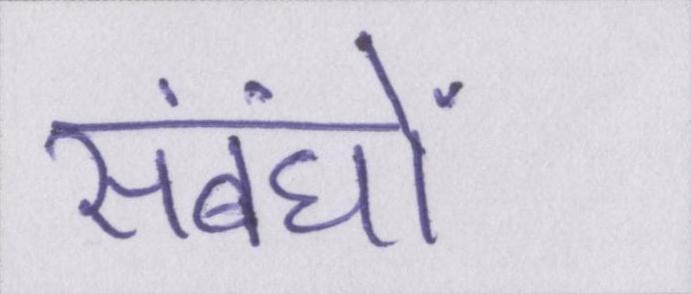
संबंधों